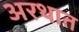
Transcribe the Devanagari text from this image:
अरथात